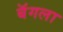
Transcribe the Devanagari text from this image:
बॅगला